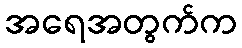
အရေအတွက်က